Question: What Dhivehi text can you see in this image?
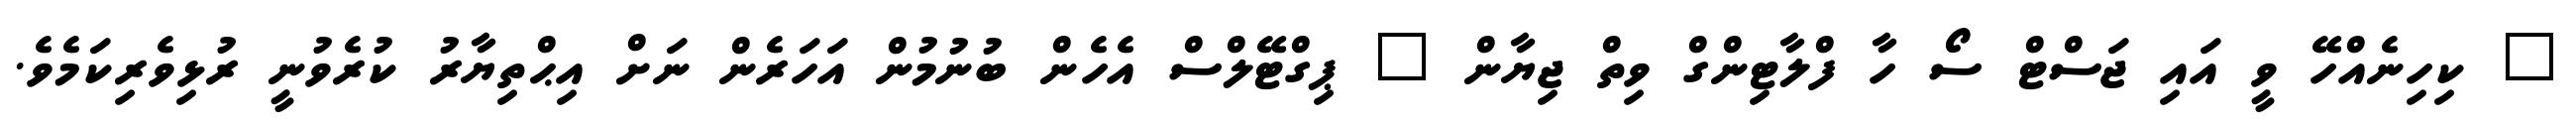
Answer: " ކިހިނެއްހޭ ވީ އައި ޖަސްޓް ސޯ ހާ ފްލާޓިންގް ވިތް ޖިޔާން " ޕިގްޓޭލްސް އެހެން ބުނުމުން އަހަރެން ނަށް އިޙްތިޔާރު ކުރެވުނީ ރުޅިވެރިކަމެވެ.